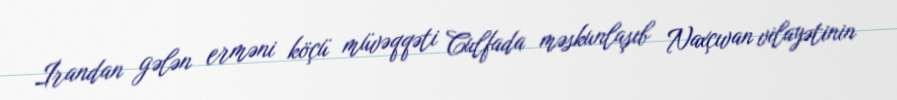
İrandan gələn erməni köçü müvəqqəti Culfada məskunlaşıb Naxçıvan vilayətinin